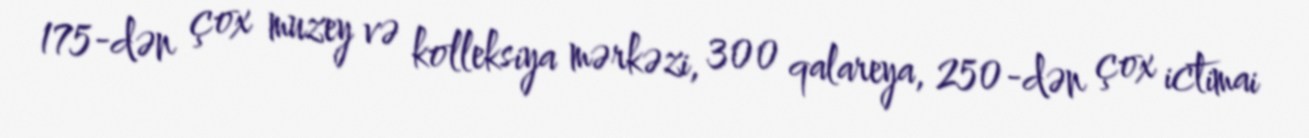
175-dən çox muzey və kolleksiya mərkəzi, 300 qalareya, 250-dən çox ictimai